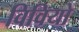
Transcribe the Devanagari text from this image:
विवियो